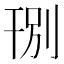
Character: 𱜽